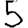
Digit: 5